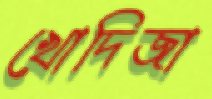
খোদিজা